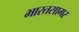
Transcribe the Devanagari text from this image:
भारतसागर